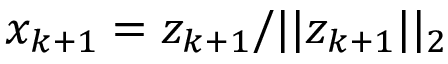
x _ { k + 1 } = z _ { k + 1 } / \vert \vert z _ { k + 1 } \vert \vert _ { 2 }